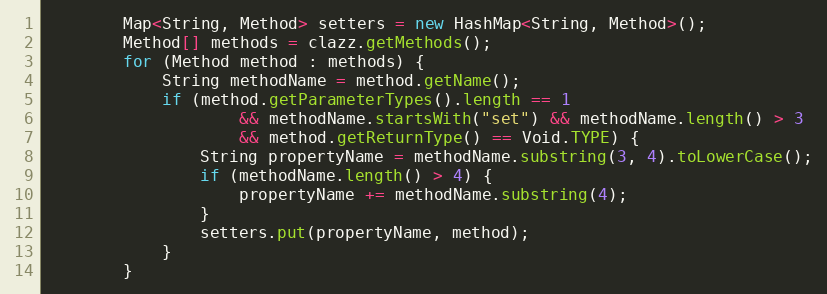
Language: Java
		Map<String, Method> setters = new HashMap<String, Method>();
		Method[] methods = clazz.getMethods();
		for (Method method : methods) {
			String methodName = method.getName();
			if (method.getParameterTypes().length == 1
					&& methodName.startsWith("set") && methodName.length() > 3
					&& method.getReturnType() == Void.TYPE) {
				String propertyName = methodName.substring(3, 4).toLowerCase();
				if (methodName.length() > 4) {
					propertyName += methodName.substring(4);
				}
				setters.put(propertyName, method);
			}
		}